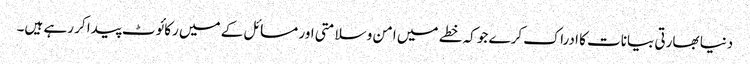
دنیا بھارتی بیانات کا ادراک کرے جو کہ خطے میں امن و سلامتی اور مسائل کے میں رکائوٹ پیدا کر رہے ہیں۔